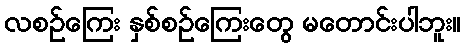
လစဉ်ကြေး နှစ်စဉ်ကြေးတွေ မတောင်းပါဘူး။